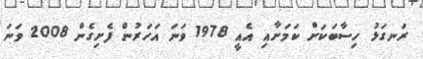
ރަނގަޅު ހިސާބަކަށް ކަމަށާއި އެއީ 1978 ވަނަ އަހަރުން ފެށިގެން 2008 ވަނަ